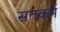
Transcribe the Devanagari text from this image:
सतकर्म